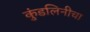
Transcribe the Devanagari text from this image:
कुंडलिनीचा